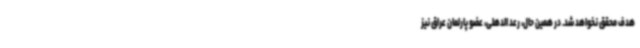
هدف محقق نخواهد شد. در همین حال، رعد الدهلی، عضو پارلمان عراق نیز